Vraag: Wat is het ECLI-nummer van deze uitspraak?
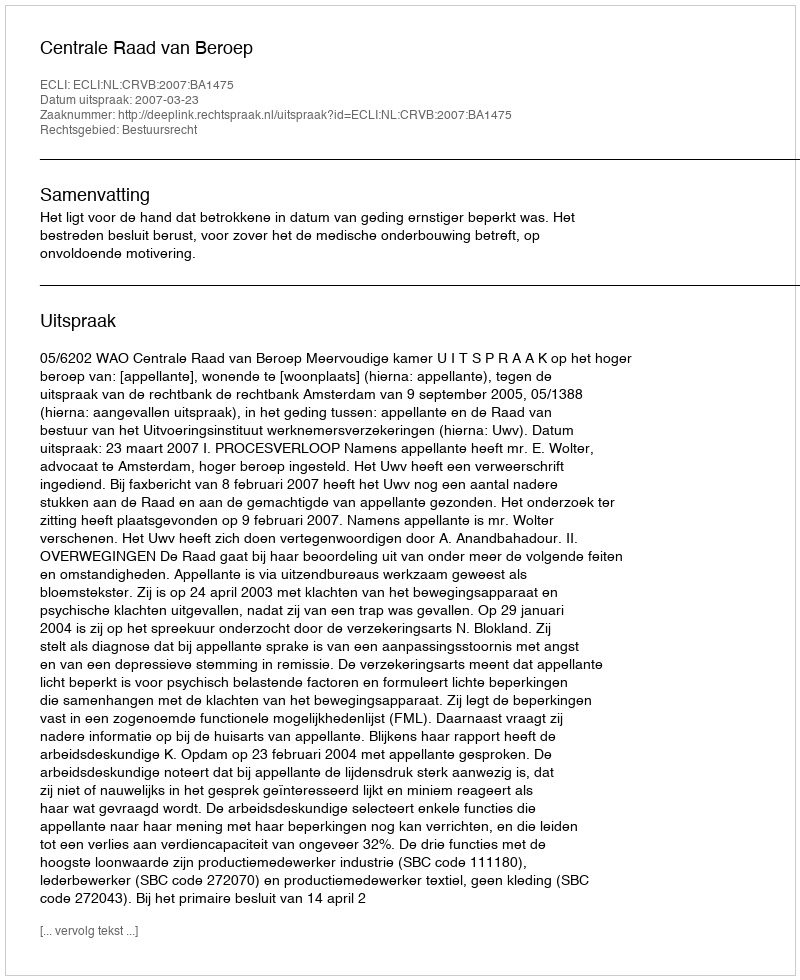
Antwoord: ECLI:NL:CRVB:2007:BA1475